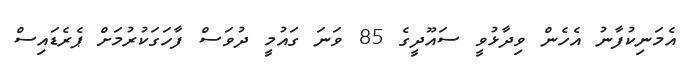
އެމަނިކުފާނު އެހެން ވިދާޅުވީ ސައޫދީގެ 85 ވަނަ ގައުމީ ދުވަސް ފާހަގަކުރުމަށް ޕެރެޑައިސް